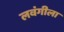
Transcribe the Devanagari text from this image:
लवंगीला